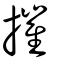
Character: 摧